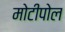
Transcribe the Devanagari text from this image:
मोटीपोल